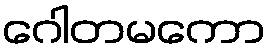
ဂေါတမကော